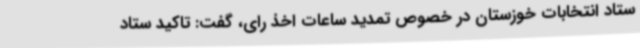
ستاد انتخابات خوزستان در خصوص تمدید ساعات اخذ رای، گفت: تاکید ستاد